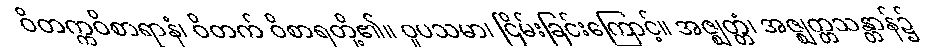
ဝိတက္ကဝိစာရာနံ၊ ဝိတက် ဝိစာရတို့၏။ ဝူပသမာ၊ ငြိမ်းခြင်းကြောင့်။ အဇ္ဈတ္တံ၊ အဇ္ဈတ္တသန္တာန်၌